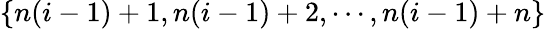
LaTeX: \{ n(i-1)+1,n(i-1)+2,\cdots,n(i-1)+n\}